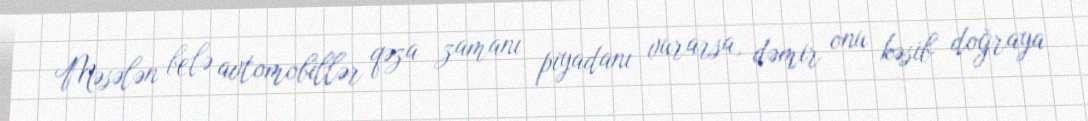
Məsələn belə avtomobillər qəza zamanı piyadanı vurarsa, dəmir onu kəsib doğraya